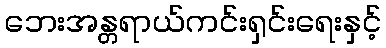
ဘေးအန္တရာယ်ကင်းရှင်းရေးနှင့်